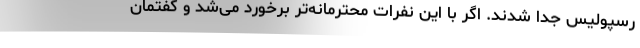
رسپولیس جدا شدند. اگر با این نفرات محترمانه‌تر برخورد می‌شد و گفتمان